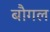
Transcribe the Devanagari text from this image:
बौगल